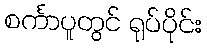
စင်္ကာပူတွင် ရုပ်ပိုင်း